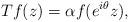
LaTeX: \begin{align*}Tf(z) = \alpha f(e^{i\theta} z),\end{align*}